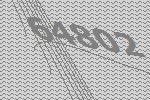
64802